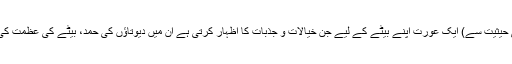
ایک ماں کی اپنے بیٹے کے لیے اس ’’لوری‘‘ میں ہم دیکھ سکتے ہیں کہ (ایک ماں کی حیثیت سے) ایک عورت اپنے بیٹے کے لیے جن خیالات و جذبات کا اظہار کرتی ہے ان میں دیوتاؤں کی حمد، بیٹے کی عظمت کی خواہش، اس کی نسل کا پدر سری تسلسل اور ساتھ ہی خوف اور اندیشے بھی شامل ہیں۔